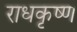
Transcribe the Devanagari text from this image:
राधकृष्ण